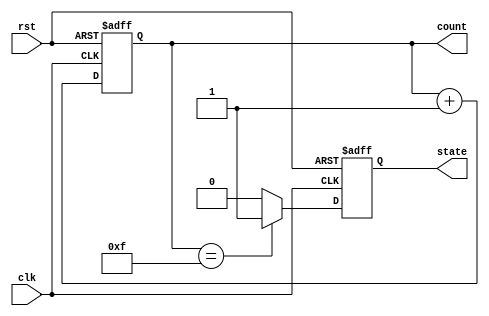
module reset_condition_example (
    input wire clk,          // Clock input
    input wire rst,          // Active-high reset signal
    output reg [3:0] count,  // 4-bit counter output
    output reg state         // Example state output (0: IDLE, 1: ACTIVE)
);

// State encoding
localparam IDLE = 1'b0;
localparam ACTIVE = 1'b1;

// Always block for reset and normal operation
always @(posedge clk or posedge rst) begin
    if (rst) begin
        // Asynchronous reset condition
        count <= 4'b0000;  // Initialize counter to 0
        state <= IDLE;     // Initialize state to IDLE
    end else begin
        // Normal operation: Increment counter and transition state
        count <= count + 1'b1; // Increment counter
        if (count == 4'b1111) begin
            state <= ACTIVE; // Transition to ACTIVE state when counter is max
        end
        else begin
            state <= IDLE;   // Stay in IDLE state otherwise
        end
    end
end

endmodule